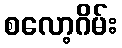
စလော့ဂိမ်း